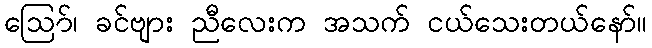
ဪ၊ ခင်ဗျား ညီလေးက အသက် ငယ်သေးတယ်နော်။